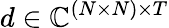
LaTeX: d\in\mathbb{C}^{(N\times N)\times T}